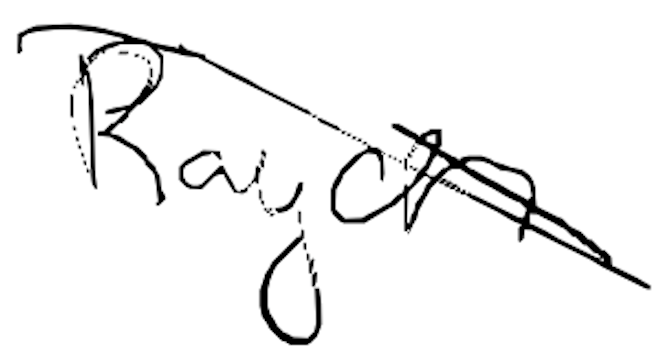
Text: Rayon
Cross-out: diagonal
Writing tool: digital_black